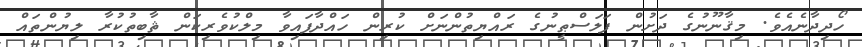
ހޯދިދާނެއެވެ. މިޤާނޫނުގެ ދަށުން ފަލަސްޠީނުގެ ރައްޔިތުންނަށް ކުރިން ހައްދާފައިވާ މިލްކުވެރިކަން ޘާބިތުކުރާ ލިޔުންތައް